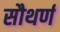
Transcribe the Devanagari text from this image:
सौथर्ण